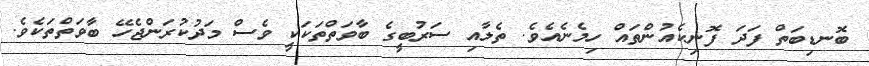
ބޮނޑިބަތް ފަދަ ފޮނިކެއުންތައް ހިމެނެއެވެ. ތެލާއި ސަރުބީގެ ބާވަތްތަކަކީ ވެސް މަދުކުރަންޖެހޭ ބާވަތްތަކެވެ.